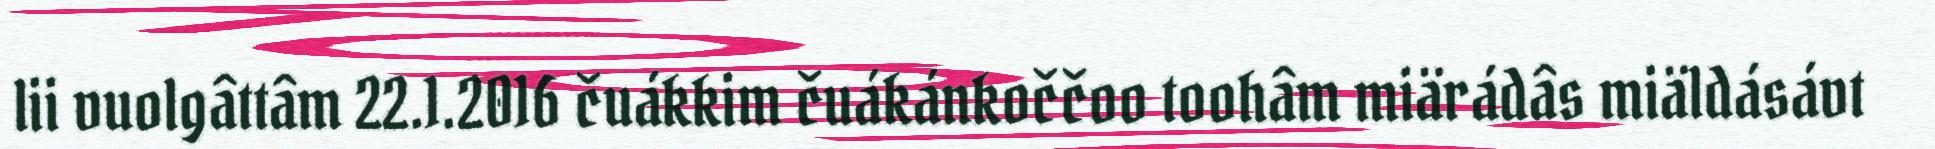
lii vuolgâttâm 22.1.2016 čuákkim čuákánkoččoo toohâm miärádâs miäldásávt